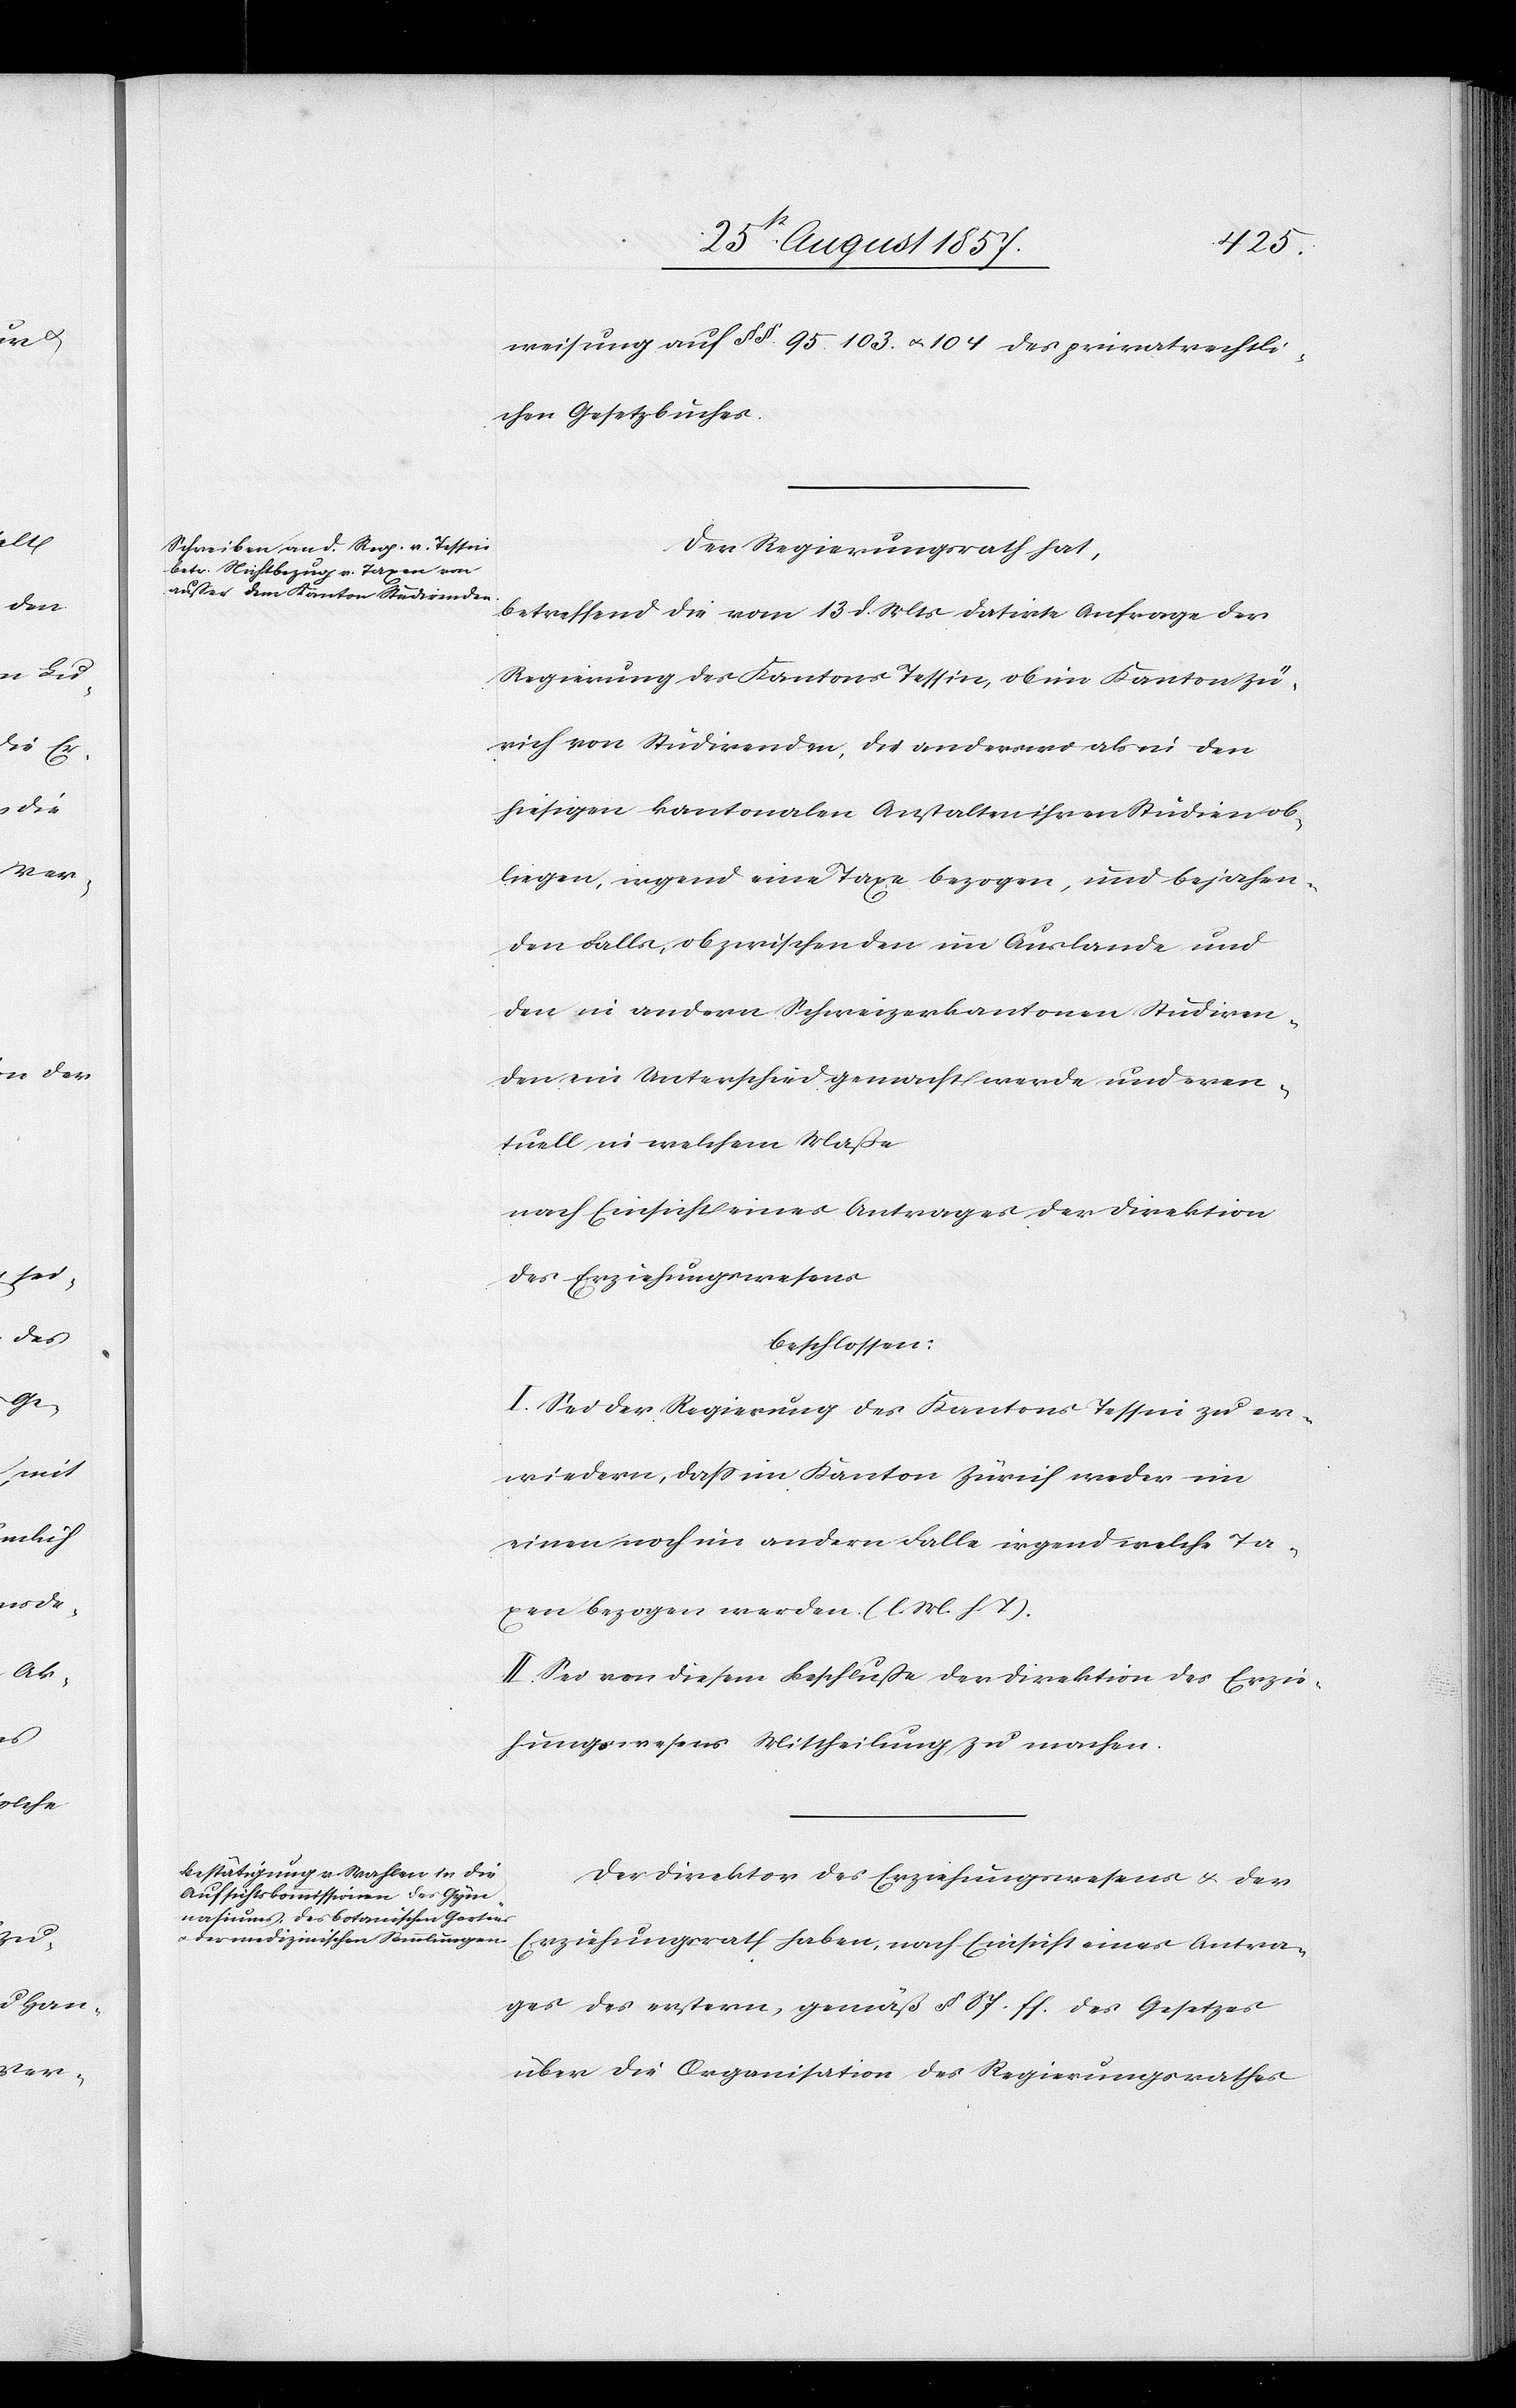
weisung auf §§ 95, 103 & 104 des privatre¬
chtl. Gesetzbuches.
Der Regierungsrath hat,
betreffend die vom 13 d. Mts. datirte Anfrage der
Regierung des Kantons Tessin, ob im Kanton Zü¬
rich, von Studirenden, die anderswo als in den
hiesigen kantonalen Anstalten ihren Studien ob¬
liegen, irgend eine Taxe bezogen, und bejahen¬
den Falls, ob zwischen den im Auslande und
den in andern Schweizerkantonen Studiren¬
den ein Unterschied gemacht werde und even¬
tuell in welchem Maße
nach Einsicht eines Antrages der Direktion
des Erziehungswesens
beschlossen:
I. Sei der Regierung des Kantons Tessin zu er¬
wiedern, daß im Kanton Zürich weder im
einen noch im andern Falle irgend welche Ta¬
xen bezogen werden. [l. M. h. T]
II. Sei von diesem Beschlusse der Direktion des Erzie¬
hungswesens Mittheilung zu machen.
Der Direktor des Erziehungswesens & der
Erziehungsrath haben, nach Einsicht eines Antra¬
ges der erstern, gemäß § 87. ff. des Gesetzes
über die Organisation des Regierungsrathes